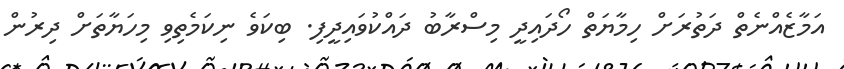
އަމާޒެއްނެތް ދަތުރަށް ހިމާޔަތް ހޯދައިދީ މިސްރާބު ދައްކުވައިދީފި. ބިކަވެ ނިކަމެތިވި މިހަޔާތަށް ދިރުން